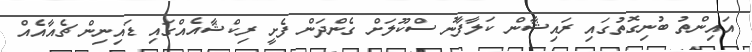
އައިންތު ބުނިގޮތުގައި ރައިޝާން ކަލާފާނު ސްކޫލަށް ގެންދަން ފެށީ ރިކްޝާއެއްގައި ޑައިނިން ޗެއާއެއް